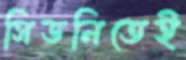
সিডনিতেই